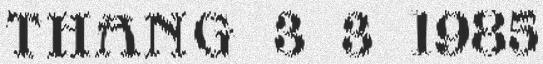
thang 3 3 1985